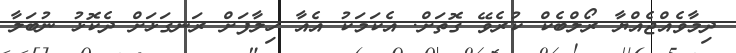
ދިމާވެއްޖެއްޔާ ރޯލްބެކް ކުރެވޭ ގޮތަށް. އެކަމަކު އެއާ ހިލާފަށް ރަނގަޅަށް ދެކޮޅު ނުބަލާ